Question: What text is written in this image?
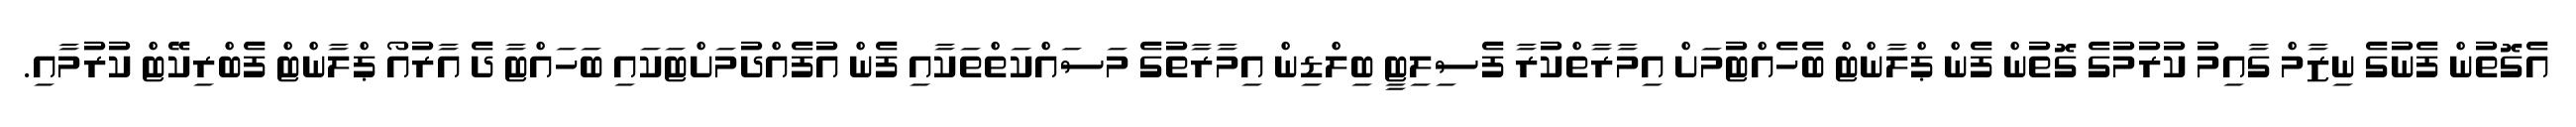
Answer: އެގޮތުން ފެނުގެ ނިޒާމް ގާއިމު ކުރުމުގެ ގޮތުން ފެން ޕްލާންޓް ބެހެއްޓުމަށް އިމާރާތްކުރާ ފެސިލިޓީ ބިލްޑިން އިމާރާތުގެ މަސައްކަތްތަކާއި ފެން އުފެއްދުމަށްޓަކައި ބަހައްޓާ ދެ އާރުއޯ ޕްލާންޓް ފެބްރިކޭޓް ކުރުމާއި.